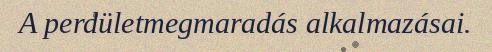
A perdületmegmaradás alkalmazásai.